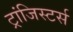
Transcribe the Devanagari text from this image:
ट्रांजिस्टर्स